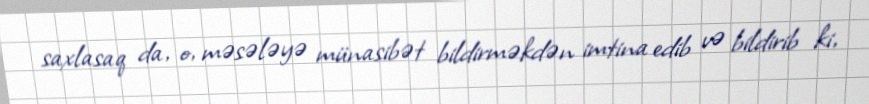
saxlasaq da, o, məsələyə münasibət bildirməkdən imtina edib və bildirib ki,